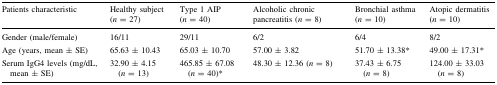
| Patients characteristic | Healthy subject (n = 27) | Type 1 AIP (n = 40) | Alcoholic chronic pancreatitis (n = 8) | Bronchial asthma (n = 10) | Atopic dermatitis (n = 10) |
 | --- | --- | --- | --- | --- | --- |
 | Gender (male/female) | 16/11 | 29/11 | 6/2 | 6/4 | 8/2 |
 | Age (years, mean ± SE) | 65.63 ± 10.43 | 65.03 ± 10.70 | 57.00 ± 3.82 | 51.70 ± 13.38* | 49.00 ± 17.31* |
 | Serum IgG4 levels (mg/dL, mean ± SE) | 32.90 ± 4.15 (n = 13) | 465.85 ± 67.08 (n = 40)* | 48.30 ± 12.36 (n = 8) | 37.43 ± 6.75 (n = 8) | 124.00 ± 33.03 (n = 8) |